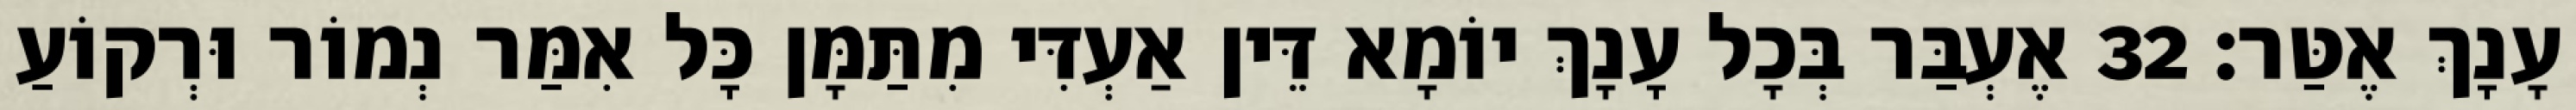
עָנָךְ אֶטַּר׃ 32 אֶעְבַּר בְּכָל עָנָךְ יוֹמָא דֵּין אַעְדִּי מִתַּמָּן כָּל אִמַּר נְמוֹר וּרְקוֹעַ